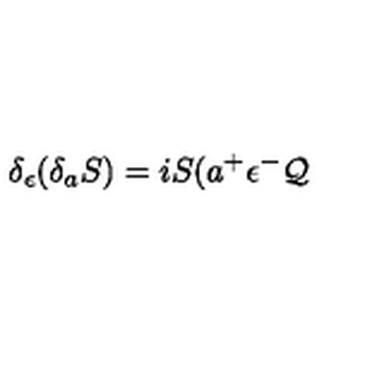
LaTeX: \delta _ { \epsilon } ( \delta _ { a } S ) = i S ( a ^ { + } \epsilon ^ { - } \mathcal { Q }